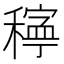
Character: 𥢃